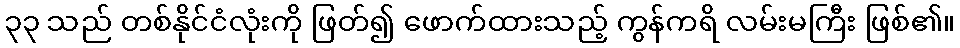
၃၃ သည် တစ်နိုင်ငံလုံးကို ဖြတ်၍ ဖောက်ထားသည့် ကွန်ကရိ လမ်းမကြီး ဖြစ်၏။